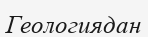
Геологиядан